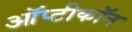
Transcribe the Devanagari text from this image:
ऑप्टीकॉन